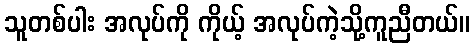
သူတစ်ပါး အလုပ်ကို ကိုယ့် အလုပ်ကဲ့သို့ကူညီတယ်။